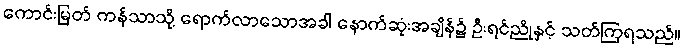
ကောင်းမြတ် ကန်သာသို့ ရောက်လာသောအခါ နောက်ဆုံးအချိန်၌ ဦးရင်ညိုနှင့် သတ်ကြရသည်။